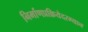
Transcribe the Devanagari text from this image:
निर्माणप्रक्रियेदरम्यान